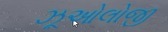
ઝૂઓલોજી